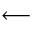
\longleftarrow